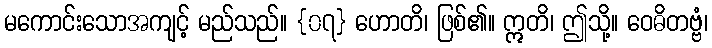
မကောင်းသောအကျင့် မည်သည်။ {၀၇} ဟောတိ၊ ဖြစ်၏။ ဣတိ၊ ဤသို့။ ဝေဓိတဗ္ဗံ၊